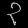
Digit: ၃